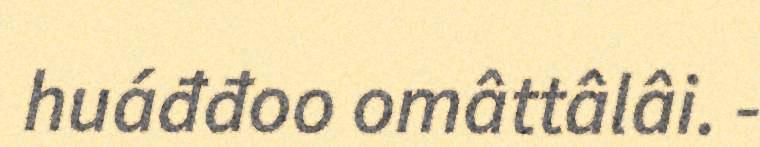
huáđđoo omâttâlâi. -